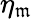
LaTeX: \eta_{\mathfrak{m}}